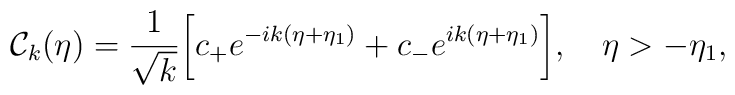
{\cal C}_{k}(\eta) = \frac{1}{\sqrt{k}}\biggl[ c_{+} e^{ - i k (\eta +\eta_1) } + c_{-}  e^{  i k (\eta +\eta_1) }\biggr],~~~\eta>-\eta_1,